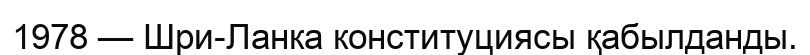
1978 — Шри-Ланка конституциясы қабылданды.